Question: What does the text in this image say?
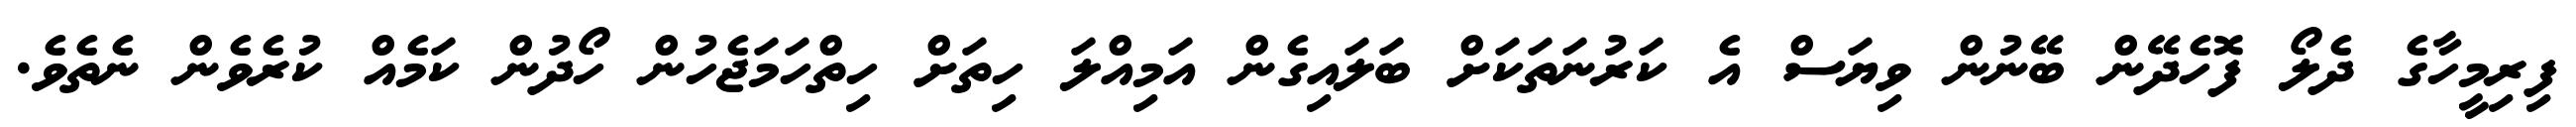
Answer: ފިރިމީހާގެ ދެލޯ ފޮހެދޭން ބޭނުން ވިޔަސް އެ ކަރުނަތަކަށް ބަލައިގެން އަމިއްލަ ހިތަށް ހިތްހަމަޖެހުން ހޯދުން ކަމެއް ކުރެވެން ނެތެވެ.